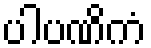
ပါပဏိကံ